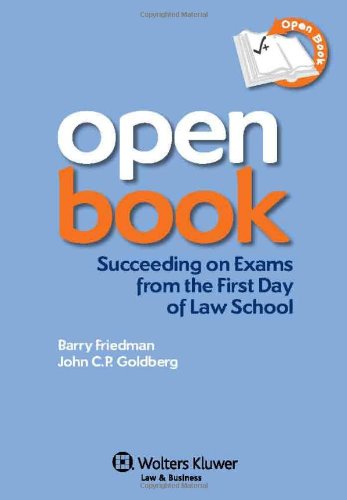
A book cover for Open Book: Succeeding on Exams From the First Day of Law School; Barry Friedman; Test Preparation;